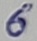
Text: 6